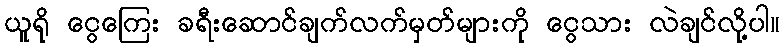
ယူရို ငွေကြေး ခရီးဆောင်ချက်လက်မှတ်များကို ငွေသား လဲချင်လို့ပါ။